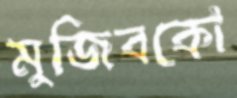
মুজিবকো